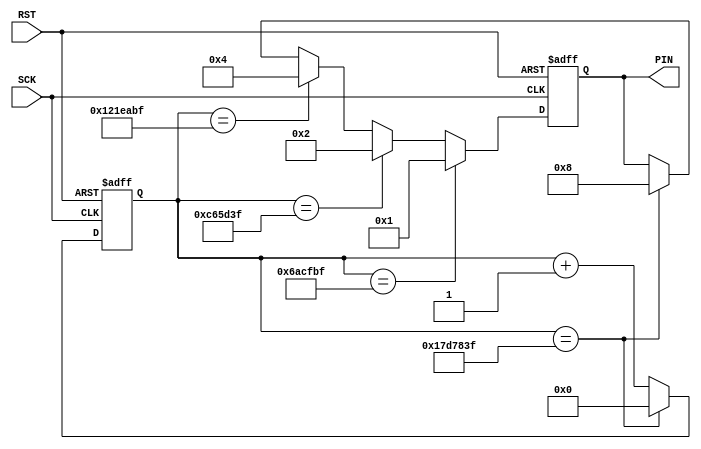
module test1
(
   input SCK,
	input RST,
	output reg [3:0] PIN
   
);

reg [24:0] COUNT;

always@(posedge SCK or negedge RST)
	begin
		if(RST ==1'b0)
			COUNT <=25'd0;
		else if ( COUNT == 25'd24_999_999)
				COUNT <=25'd0;
		else 
			COUNT <= COUNT +32'd1;
	end

 always@(posedge SCK or negedge RST)
   begin
		if(RST ==1'b0)
			PIN <=4'b0000;
	   else if(COUNT == 25'd6_999_999)
		   PIN <=4'b0001;
		else if(COUNT == 25'd12_999_999)
		   PIN <=4'b0010;
		else if(COUNT == 25'd18_999_999)
		   PIN <=4'b0100;
		else if(COUNT == 25'd24_999_999)
		   PIN <=4'b1000;
	
   end 

endmodule